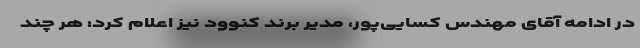
در ادامه آقای مهندس کسایی‌پور، مدیر برند کنوود نیز اعلام کرد: هر چند